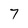
Character: 7